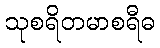
သုစရိတမာစရီဓ